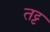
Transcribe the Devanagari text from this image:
तट्ट